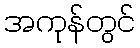
အကုန်တွင်